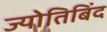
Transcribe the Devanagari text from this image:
ज्योतिबिंद